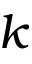
k